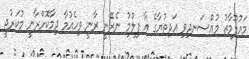
މައުލޫމާތު މުއްސަނދިވި އަދިތުޔާގެ އާ ފިލްމު ނެރޭނީ ރާނީ ވިހެއުމާ ދިމާކޮށްރާނީ މުކަރުޖީ